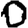
Digit: 0